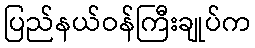
ပြည်နယ်ဝန်ကြီးချုပ်က